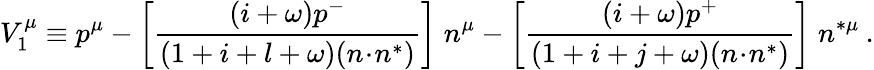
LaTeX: V_{1}^{\mu}\equiv p^{\mu}-\left[\frac{(i+\omega)p^{-}}{(1+i+l+\omega)(n\! \cdot\! n^{*})}\right]\; n^{\mu}-\left[\frac{(i+\omega)p^{+}}{(1+i+j+\omega)(n\! \cdot\! n^{*})}\right]\; n^{*\mu}\: .